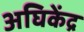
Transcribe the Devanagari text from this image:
अघिकेंद्र